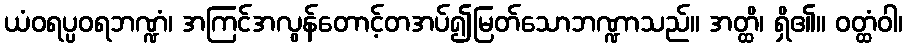
ယံဝရပ္ပဝရဘဏ္ဍံ၊ အကြင်အလွန်တောင့်တအပ်၍မြတ်သောဘဏ္ဍာသည်။ အတ္ထိ၊ ရှိ၏။ ဝတ္ထံဝါ၊